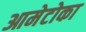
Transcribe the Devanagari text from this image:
आमेटोका